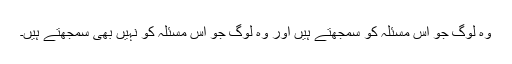
وہ لوگ جو اس مسئلہ کو سمجھتے ہیں اور وہ لوگ جو اس مسئلہ کو نہیں بھی سمجھتے ہیں۔